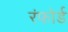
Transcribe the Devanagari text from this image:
रंफोर्ड